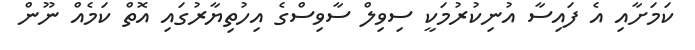
ކަމަށާއި އެ ފައިސާ އުނިކުރުމަކީ ސިވިލް ސާވިސްގެ އިހުތިޔާރުގައި އޮތް ކަމެއް ނޫން